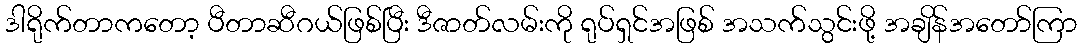
ဒါရိုက်တာကတော့ ပီတာဆီဂယ်ဖြစ်ပြီး ဒီဇာတ်လမ်းကို ရုပ်ရှင်အဖြစ် အသက်သွင်းဖို့ အချိန်အတော်ကြာ